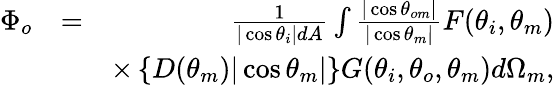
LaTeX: \begin{array}{rlr}{\Phi_{o}}&{=}&{\frac{1}{|\cos\theta_{i}|dA}\int\frac{|\cos\theta_{om}|}{|\cos\theta_{m}|}F(\theta_{i},\theta_{m})}\\ &{}&{\times\left\{ D(\theta_{m})|\cos\theta_{m}|\right\} G(\theta_{i},\theta_{o},\theta_{m})d\Omega_{m},}\end{array}